Vaccination report Assam 1896-1927 - 1896-1927
Year: 1896
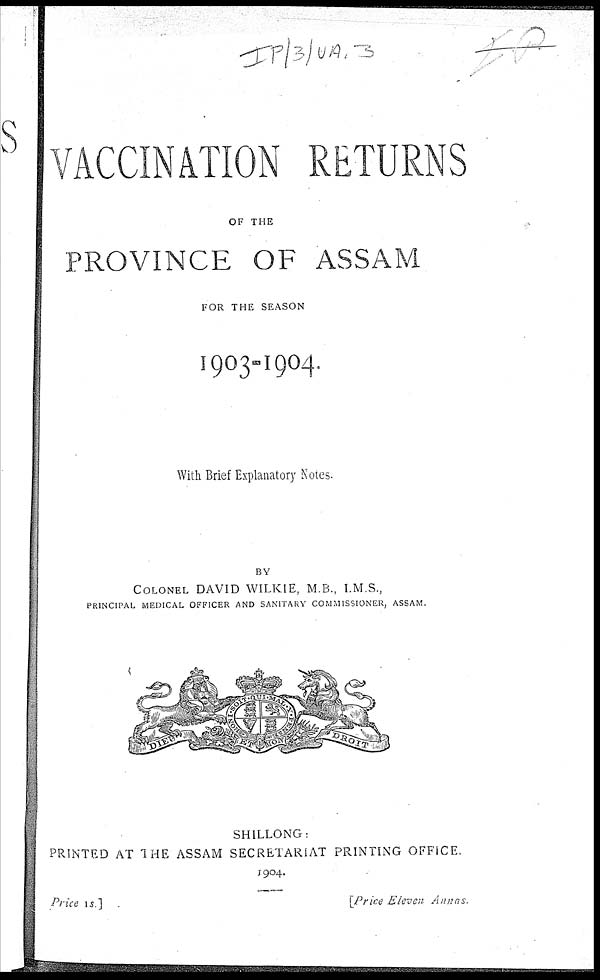
VACCINATION RETURNS
OF THE
PROVINCE OF ASSAM
FOR THE SEASON
1903-1904.
With Brief Explanatory Notes.
BY
COLONEL DAVID WILKIE, M.B., I.M.S.,
PRINCIPAL MEDICAL OFFICER AND SANITARY COMMISSIONER, ASSAM.
SHILLONG:
PRINTED AT THE ASSAM SECRETARIAT PRINTING OFFICE.
1904.
Price 1s]
[Price Eleven Annas.